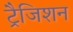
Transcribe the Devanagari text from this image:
ट्रैजिशन